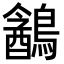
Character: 䳺